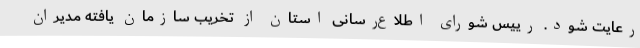
رعایت شود. رییس شورای اطلاع‌رسانی استان از تخریب سازمان یافته مدیران